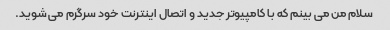
سلام من می بینم که با کامپیوتر جدید و اتصال اینترنت خود سرگرم می شوید.